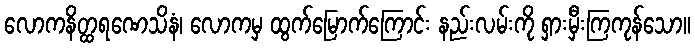
လောကနိတ္ထရဏေသိနံ၊ လောကမှ ထွက်မြောက်ကြောင်း နည်းလမ်းကို ရှားမှီးကြကုန်သော။